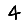
Digit: 4